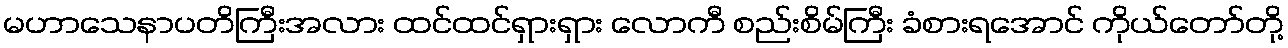
မဟာသေနာပတိကြီးအလား ထင်ထင်ရှားရှား လောကီ စည်းစိမ်ကြီး ခံစားရအောင် ကိုယ်တော်တို့